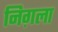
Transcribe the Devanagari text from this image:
निग़ला